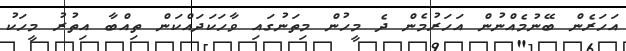
އަހަރެން ބޭނުމެއްނުން އަހަރުމެން ދެ މީހުން މިތަނުގައި ވާހަކަދައްކަން ތިއްބާ އިތުރު މީހަކު